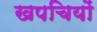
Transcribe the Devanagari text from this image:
खपचियों